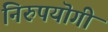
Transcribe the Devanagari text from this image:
निरुपयॊगी